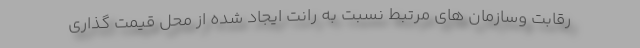
رقابت وسازمان های مرتبط نسبت به رانت ایجاد شده از محل قیمت گذاری